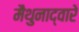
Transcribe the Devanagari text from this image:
मैथुनाद्वारे